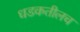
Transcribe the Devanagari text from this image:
धडकतीलच